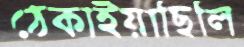
ঠেকাইয়াছিলি